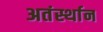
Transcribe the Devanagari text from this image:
अतंर्स्थान